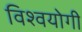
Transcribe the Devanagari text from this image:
विश्वयोगी